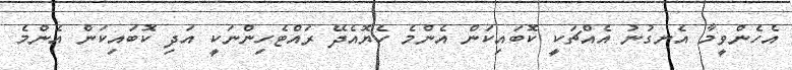
އެހެންވީމާ އެނގުނު އެއްޗަކީ ކޮބައިކަން އެންމެ ހެޔޮއެދޭ ރައްޓެހިންނަކީ އަދި ކޮބައިކަން އެންމެ